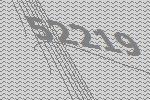
52219